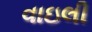
વાઇલી